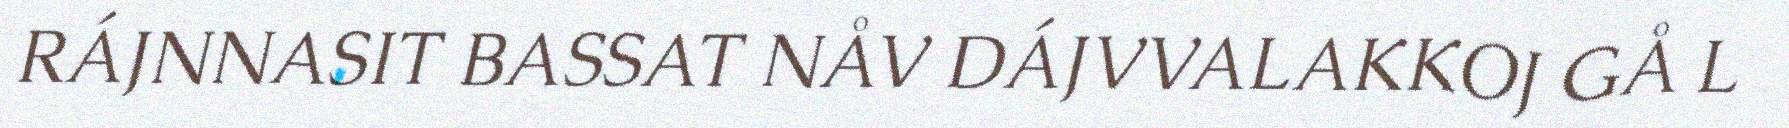
RÁJNNASIT BASSAT NÅV DÁJVVALAKKOJ GÅ L